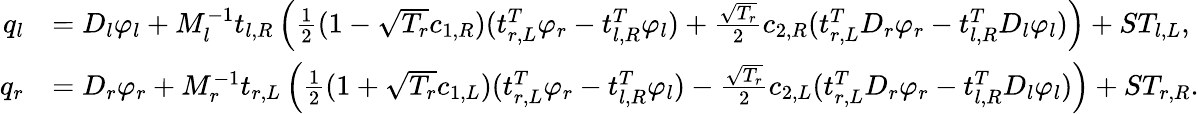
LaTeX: \begin{array}{rl}{q_{l}}&{=D_{l}\varphi_{l}+M_{l}^{-1}t_{l,R}\left(\frac{1}{2}(1-\sqrt{T_{r}}c_{1,R})(t_{r,L}^{T}\varphi_{r}-t_{l,R}^{T}\varphi_{l})+\frac{\sqrt{T_{r}}}{2}c_{2,R}(t_{r,L}^{T}D_{r}\varphi_{r}-t_{l,R}^{T}D_{l}\varphi_{l})\right)+ST_{l,L},}\\ {q_{r}}&{=D_{r}\varphi_{r}+M_{r}^{-1}t_{r,L}\left(\frac{1}{2}(1+\sqrt{T_{r}}c_{1,L})(t_{r,L}^{T}\varphi_{r}-t_{l,R}^{T}\varphi_{l})-\frac{\sqrt{T_{r}}}{2}c_{2,L}(t_{r,L}^{T}D_{r}\varphi_{r}-t_{l,R}^{T}D_{l}\varphi_{l})\right)+ST_{r,R}.}\end{array}